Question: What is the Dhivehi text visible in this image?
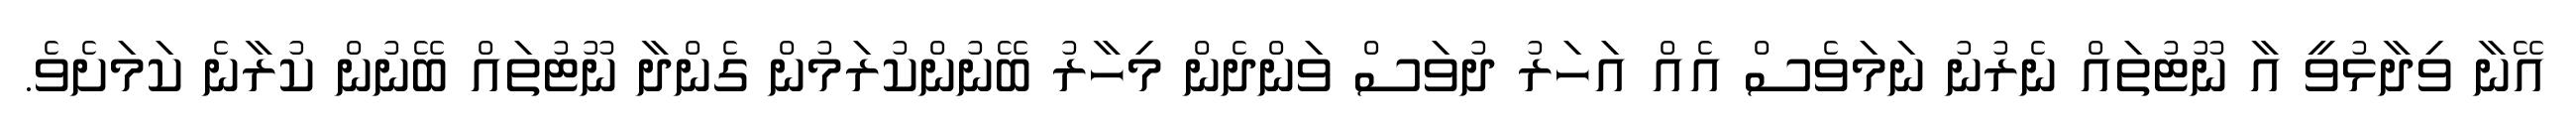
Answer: އޭނާ ވިދާޅުވީ އާ ނޫޓުތައް ނެރުނު ނަމަވެސް އެއް އަހަރު ދުވަސް ވަންދެން މިހާރު ބޭނުންކުރަމުން ގެންދާ ނޫޓުތައް ބޭނުން ކުރާނެ ކަމަށެވެ.